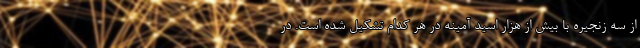
از سه زنجیره با بیش از هزار اسید آمینه در هر کدام تشکیل شده است. در